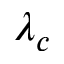
\lambda _ { c }